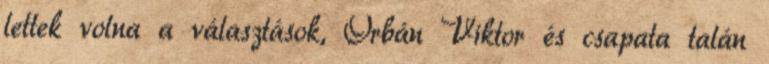
lettek volna a választások, Orbán Viktor és csapata talán